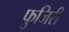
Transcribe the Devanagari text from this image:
फुजिरी